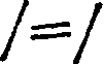
/=/